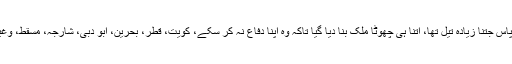
جس کے پاس جتنا زیادہ تیل تھا، اتنا ہی چھوٹا ملک بنا دیا گیا تاکہ وہ اپنا دفاع نہ کر سکے، کویت، قطر، بحرین، ابو دبی، شارجہ، مسقط، وغیرہ وغیرہ۔